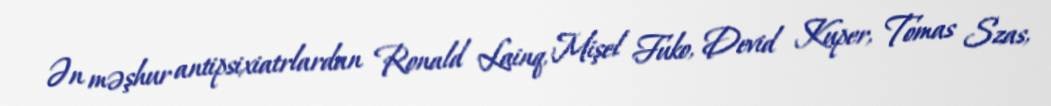
Ən məşhur antipsixiatrlardan Ronald Lainq, Mişel Fuko, Devid Kuper, Tomas Szas,